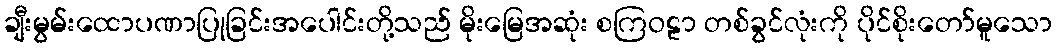
ချီးမွမ်းထောပဏာပြုခြင်းအပေါင်းတို့သည် မိုးမြေအဆုံး စကြဝဠာ တစ်ခွင်လုံးကို ပိုင်စိုးတော်မူသော